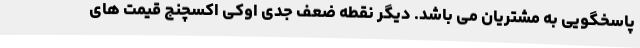
پاسخگویی به مشتریان می باشد. دیگر نقطه ضعف جدی اوکی اکسچنج قیمت های